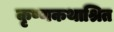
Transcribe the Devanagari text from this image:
कृष्णकथाश्रित